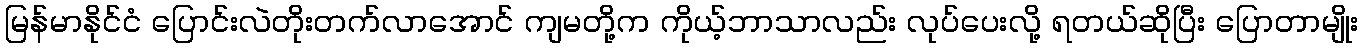
မြန်မာနိုင်ငံ ပြောင်းလဲတိုးတက်လာအောင် ကျမတို့က ကိုယ့်ဘာသာလည်း လုပ်ပေးလို့ ရတယ်ဆိုပြီး ပြောတာမျိုး